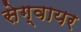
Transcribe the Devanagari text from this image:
सेग्वायर